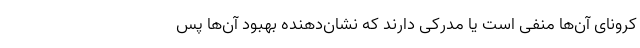
کرونای آن‌ها منفی است یا مدرکی دارند که نشان‌دهنده بهبود آن‌ها پس